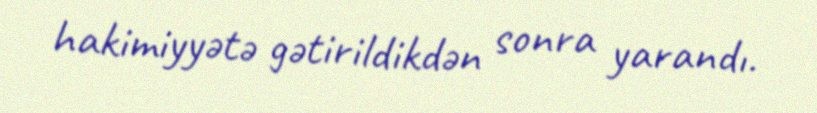
hakimiyyətə gətirildikdən sonra yarandı.